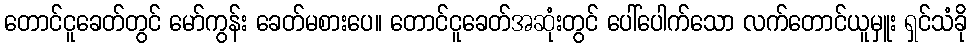
တောင်ငူခေတ်တွင် မော်ကွန်း ခေတ်မစားပေ။ တောင်ငူခေတ်အဆုံးတွင် ပေါ်ပေါက်သော လက်တောင်ယူမှူး ရှင်သံခို